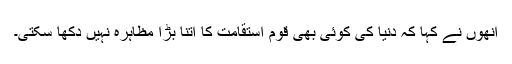
انھوں نے کہا کہ دنیا کی کوئی بھی قوم استقامت کا اتنا بڑا مظاہرہ نہیں دکھا سکتی۔